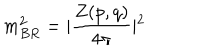
LaTeX: m _ { B R } ^ { 2 } = \vert \frac { Z ( p , q ) } { 4 \pi } \vert ^ { 2 }